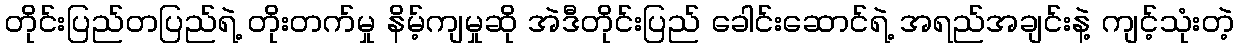
တိုင်းပြည်တပြည်ရဲ့ တိုးတက်မှု နိမ့်ကျမှုဆို အဲဒီတိုင်းပြည် ခေါင်းဆောင်ရဲ့ အရည်အချင်းနဲ့ ကျင့်သုံးတဲ့